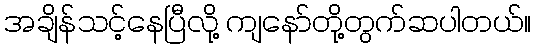
အချိန်သင့်နေပြီလို့ ကျနော်တို့တွက်ဆပါတယ်။